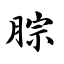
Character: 腙